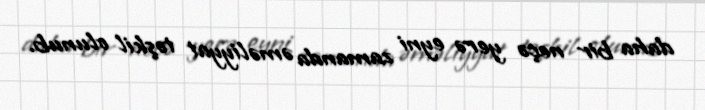
daha bir neçə yerə eyni zamanda əməliyyat təşkil olunub.